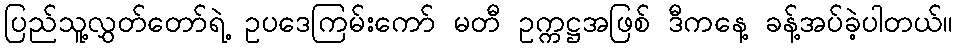
ပြည်သူ့လွှတ်တော်ရဲ့ ဥပဒေကြမ်းကော် မတီ ဥက္ကဋ္ဌအဖြစ် ဒီကနေ့ ခန့်အပ်ခဲ့ပါတယ်။